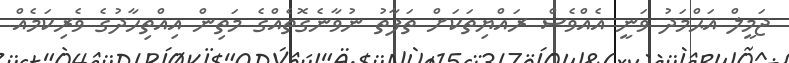
ޖަމީލް އަޙްމަދު ވަނީ އެއްވެސް ރައްޔިތަކަށް ތަފާތު ނުވާނެގޮތެއްގެ މަތިން އިއްތިހާދުގެ ވެރިކަމެއް